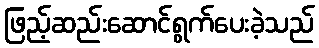
ဖြည့်ဆည်းဆောင်ရွက်ပေးခဲ့သည်